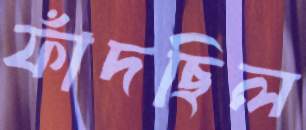
ফাঁদছিল